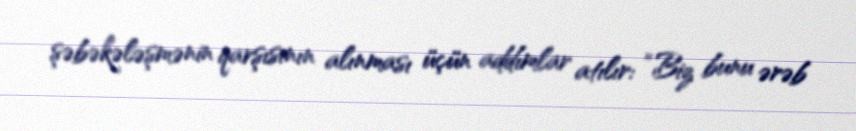
şəbəkələşmənin qarşısının alınması üçün addımlar atılır: “Biz bunu ərəb